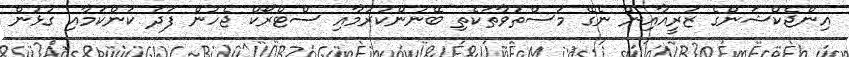
އިންޖެކްޝަންގެ ޒަރީއާއިން ނެގޭ މަސްތުވާތަކެތި ބޭނުންކުރުމާއި ސްޓްރޯކް ޖެހުން ފަދަ ކަންކަމާއި ގުޅުން